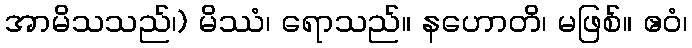
အာမိသသည်၊) မိဿံ၊ ရောသည်။ နဟောတိ၊ မဖြစ်။ ဧဝံ၊